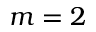
m = 2